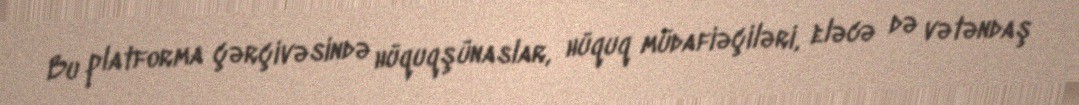
Bu platforma çərçivəsində hüquqşünaslar, hüquq müdafiəçiləri, eləcə də vətəndaş